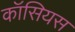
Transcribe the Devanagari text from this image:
कॉसियस